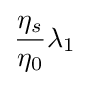
{\frac {\eta _{s}}{\eta _{0}}}\lambda _{1}